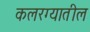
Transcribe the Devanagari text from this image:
कलरग्यातील